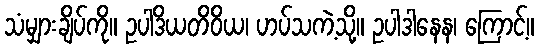
သံမျှားချိပ်ကို။ ဥပါဒိယတိဝိယ၊ ဟပ်သကဲ့သို့။ ဥပါဒါနေန၊ ကြောင့်။